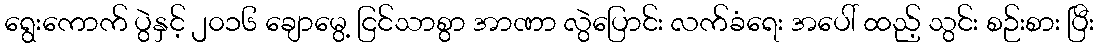
ရွေးကောက် ပွဲနှင့် ၂၀၁၆ ချောမွေ့ ငြင်သာစွာ အာဏာ လွဲပြောင်း လက်ခံရေး အပေါ် ထည့် သွင်း စဉ်းစား ပြီး